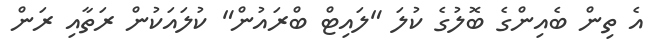
އެ ތިން ބެއިންގެ ބޮލުގެ ކުލަ "ލައިޓް ބްރައުން" ކުލައަކުން ރަތާއި ރަން